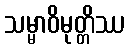
သမ္မာဝိမုတ္တိဿ